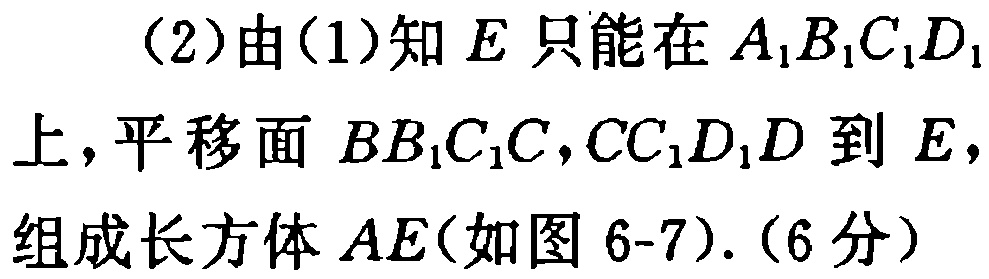
（2）由（1）知 \(E\) 只能在 \(A_{1}B_{1}C_{1}D_{1}\) 上，平移面 \(BB_{1}C_{1}C,CC_{1}D_{1}D\) 到 \(E\)，组成长方体 \(AE\)（如图 6-7）.（6 分）